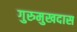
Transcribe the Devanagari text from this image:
गुरुमुखदास